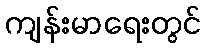
ကျန်းမာရေးတွင်